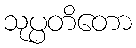
သုပ္ပတိတော